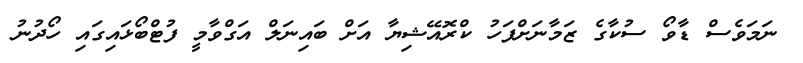
ނަމަވެސް ޑާވޯ ސުކާގެ ޒަމާނަށްފަހު ކްރޮއޭޝިޔާ އަށް ބައިނަލް އަގްވާމީ ފުޓްބޯޅައިގައި ހޯދުނު